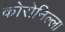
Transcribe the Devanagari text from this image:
कोरोनिल्ला